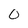
Character: 0